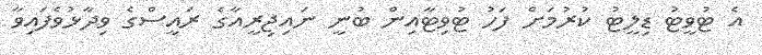
އެ ޓުވީޓު ޑިލީޓު ކުރުމަށް ފަހު ޓުވިޓާއިން ބުނީ ނައިޖިރީއާގެ ރައީސްގެ ވިދާޅުވެފައިވާ